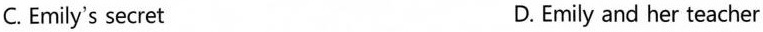
C. Emily's secret D. Emily and her teacher